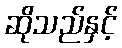
ဆိုသည်နှင့်